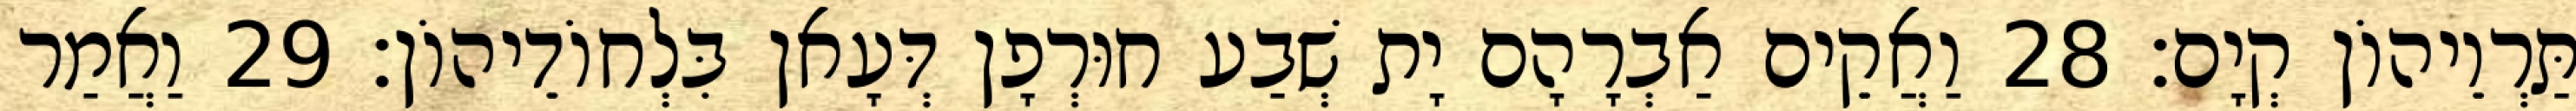
תַּרְוֵיהוֹן קְיָם׃ 28 וַאֲקֵים אַבְרָהָם יָת שְׁבַע חוּרְפָן דְּעָאן בִּלְחוֹדֵיהוֹן׃ 29 וַאֲמַר